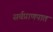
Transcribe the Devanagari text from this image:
सर्वप्राणपात